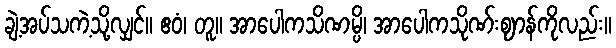
ချဲ့အပ်သကဲ့သို့လျှင်။ ဧဝံ၊ တူ။ အာပေါကသိဏမ္ပိ၊ အာပေါကသိုဏ်းဈာန်ကိုလည်း။